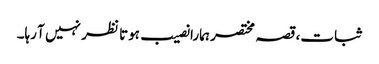
ثبات، قصہ مختصر ہمارا نصیب ہوتا نظر نہیں آ رہا۔